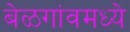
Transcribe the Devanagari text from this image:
बेळगांवमध्ये